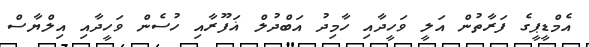
އެމްޑީޕީގެ ފަރާތުން އަލީ ވަހީދާއި ހާމިދު އަބްދުލް ޣަފޫރާއި ހުސެން ވަހީދާއި އިލްޔާސް